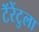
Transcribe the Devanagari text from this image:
टॅरेंटुला